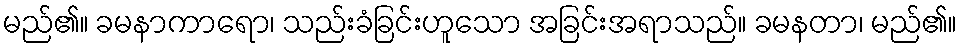
မည်၏။ ခမနာကာရော၊ သည်းခံခြင်းဟူသော အခြင်းအရာသည်။ ခမနတာ၊ မည်၏။